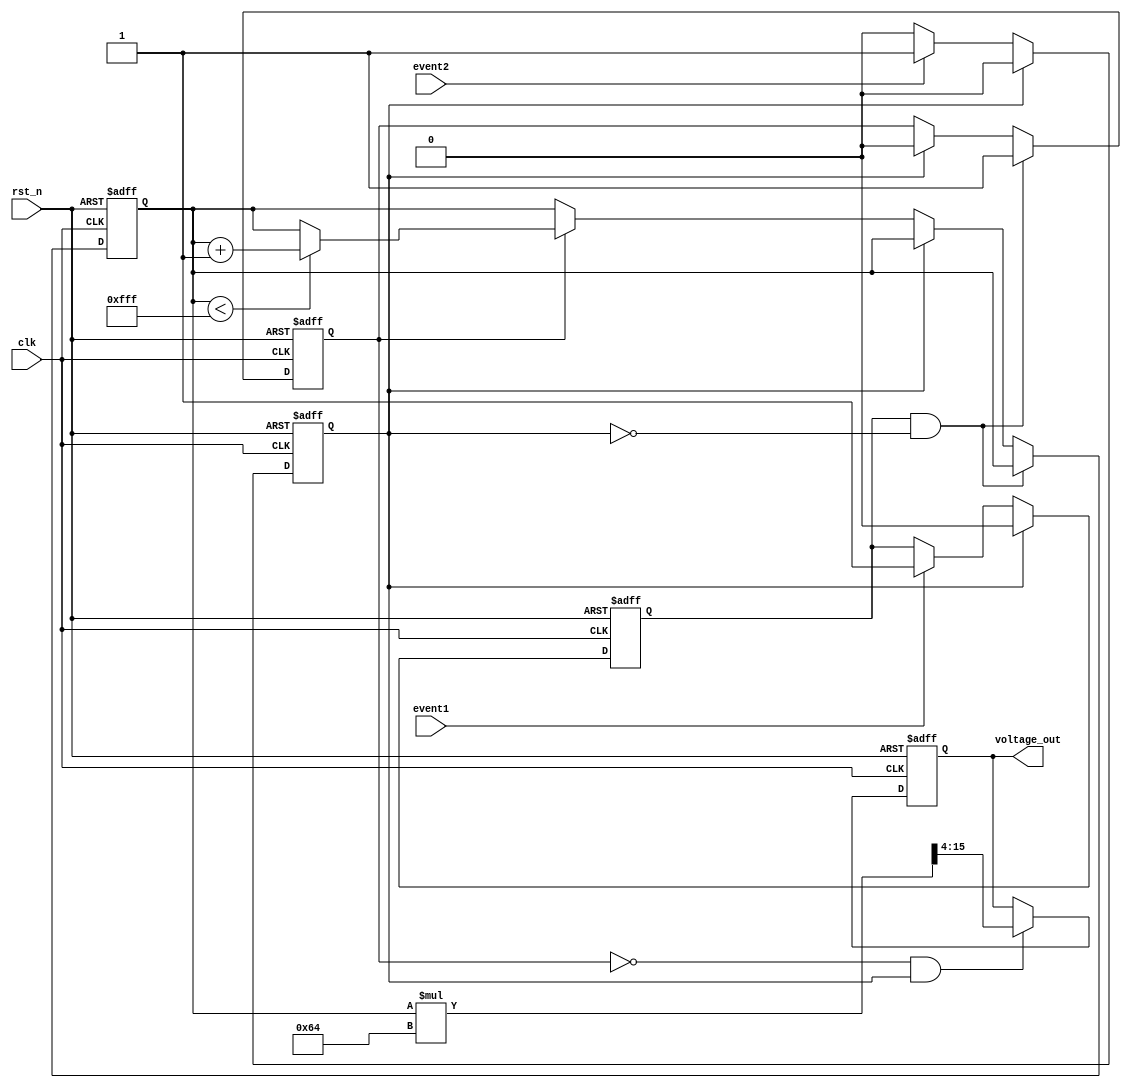
module TDC (
    input wire clk,               // System clock
    input wire rst_n,             // Active low reset
    input wire event1,            // First event signal
    input wire event2,            // Second event signal
    output reg [11:0] voltage_out  // Output voltage level (scaled)
);
    // Parameters for scaling factor
    parameter k = 100;            // Scaling factor for voltage conversion
    parameter COUNTER_MAX = 4095; // Max count value (12-bit counter)

    reg [11:0] time_count;         // Time counter
    reg counting;                  // Counting state
    reg event_detected1;          // First event detected flag
    reg event_detected2;          // Second event detected flag

    // Time Counter
    always @(posedge clk or negedge rst_n) begin
        if (!rst_n) begin
            time_count <= 12'd0;   // Reset time count
            counting <= 1'b0;      // Reset counting flag
        end else if (event_detected1 && !event_detected2) begin
            counting <= 1'b1;      // Start counting on first event
        end else if (event_detected2) begin
            counting <= 1'b0;      // Stop counting on second event
        end else if (counting) begin
            if (time_count < COUNTER_MAX) begin
                time_count <= time_count + 1; // Increment count
            end
        end
    end

    // Event Detection
    always @(posedge clk or negedge rst_n) begin
        if (!rst_n) begin
            event_detected1 <= 1'b0;
            event_detected2 <= 1'b0;
        end else begin
            if (event1) begin
                event_detected1 <= 1'b1;  // First event detected
            end
            if (event2) begin
                event_detected2 <= 1'b1;  // Second event detected
            end
            
            // Reset event detection flags after both events are processed
            if (event_detected2) begin
                event_detected1 <= 1'b0;
                event_detected2 <= 1'b0;
            end
        end
    end

    // Voltage Conversion
    always @(posedge clk or negedge rst_n) begin
        if (!rst_n) begin
            voltage_out <= 12'd0;       // Reset voltage output
        end else if (!counting && event_detected2) begin
            voltage_out <= (time_count * k) >> 4; // Scale the time count to voltage
        end
    end

endmodule